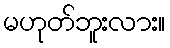
မဟုတ်ဘူးလား။